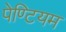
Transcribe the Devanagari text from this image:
पेण्टियम